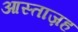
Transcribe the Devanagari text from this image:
आस्ताज़ह